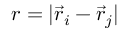
r = | \vec { r } _ { i } - \vec { r } _ { j } |